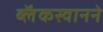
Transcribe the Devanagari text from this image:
ब्लॅकस्वानने